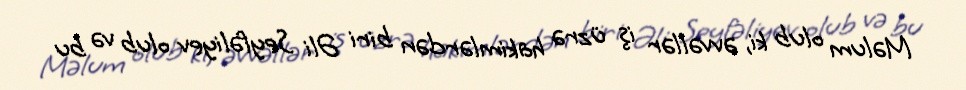
Məlum olub ki, əvvəllər iş üzrə hakimlərdən biri Əli Seyfəliyev olub və bu